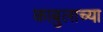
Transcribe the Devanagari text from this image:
काबुलाच्या